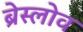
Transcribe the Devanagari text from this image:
ब्रेस्लोव